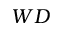
W D